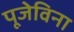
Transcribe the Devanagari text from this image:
पूजेविना